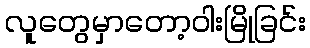
လူတွေမှာတော့ဝါးမြိုခြင်း